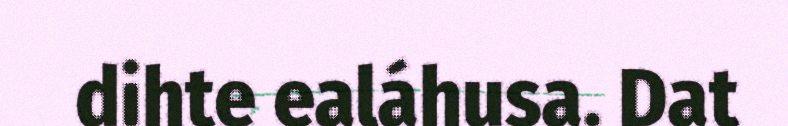
dihte ealáhusa. Dat